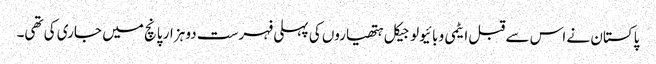
پاکستان نے اس سے قبل ایٹمی و بائیولوجیکل ہتھیاروں کی پہلی فہرست دو ہزار پانچ میں جاری کی تھی۔